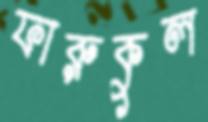
ফারুকুল